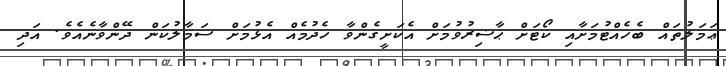
ޢަމަލުތައް ބެހެއްޓުމަށާއި ކޯޓަށް ޙާޟިރުވުމަށް އެކަށީގެންވާ ހެދުމެއް އެޅުމަށް ސަމާލުކަން ދޭންވާނެއެވެ. އަދި